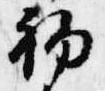
初